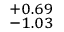
^ { + 0 . 6 9 } _ { - 1 . 0 3 }